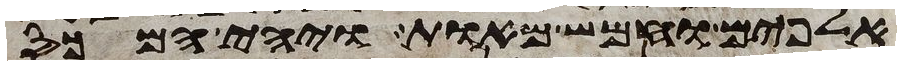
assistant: אלפים וחמש מאות ויהי המכס